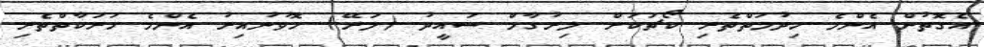
އެގޮތުން އެންމެ ހިދުމަތްތެރި ކޯޗަކަށް ލިރުގާމް ސައީދު (ލަރޭ) ހޮވުނުއިރު އެންމެ ހަރަކާތްތެރި